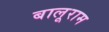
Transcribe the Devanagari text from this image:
बालूराम